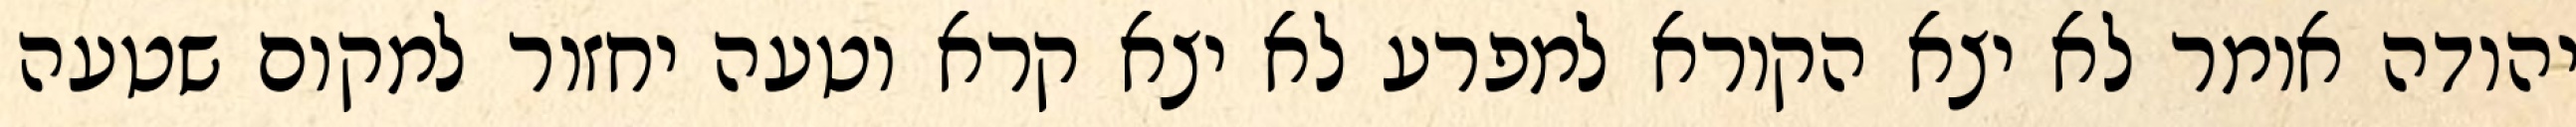
יהודה אומר לא יצא הקורא למפרע לא יצא קרא וטעה יחזור למקום שטעה